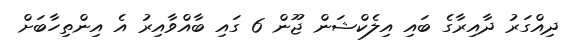
ދިއްގަރު ދާއިރާގެ ބައި އިލެކްޝަން ޖޫން 6 ގައި ބާއްވާއިރު އެ އިންތިހާބަށް